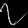
Digit: ၇